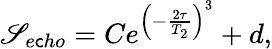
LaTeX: \mathscr{S}_{e\mathsf{c}ho}=Ce^{\left(-\frac{{2\tau}}{{T_{2}}}\right)^{3}}+d,